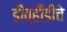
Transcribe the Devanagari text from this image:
डीव्हीडीचे